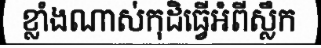
ខ្លាំងណាស់កុដិធ្វើអំពីស្លឹក